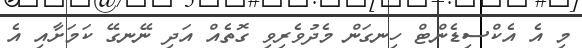
މި އެ އެކްސިޑެންޓް ހިނގަން މެދުވެރިވި ގޮތެއް އަދި ނޭނގޭ ކަމަށާއި އެ